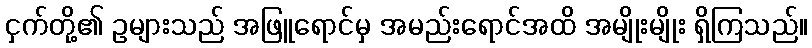
ငှက်တို့၏ ဥများသည် အဖြူရောင်မှ အမည်းရောင်အထိ အမျိုးမျိုး ရှိကြသည်။